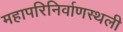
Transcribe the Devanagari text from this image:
महापरिनिर्वाणस्थली